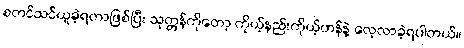
စတင်သင်ယူခဲ့ရတာဖြစ်ပြီး သုတ္တန်ကိုတော့ ကိုယ့်နည်းကိုယ့်ဟန်နဲ့ လေ့လာခဲ့ရပါတယ်။